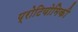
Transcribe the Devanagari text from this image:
प्रोटियोमिकी